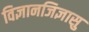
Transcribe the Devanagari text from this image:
विज्ञानजिज्ञासु